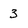
Character: 3